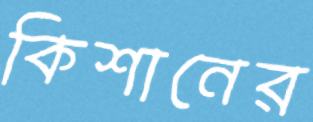
কিশানের